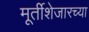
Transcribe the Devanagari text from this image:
मूर्तीशेजारच्या